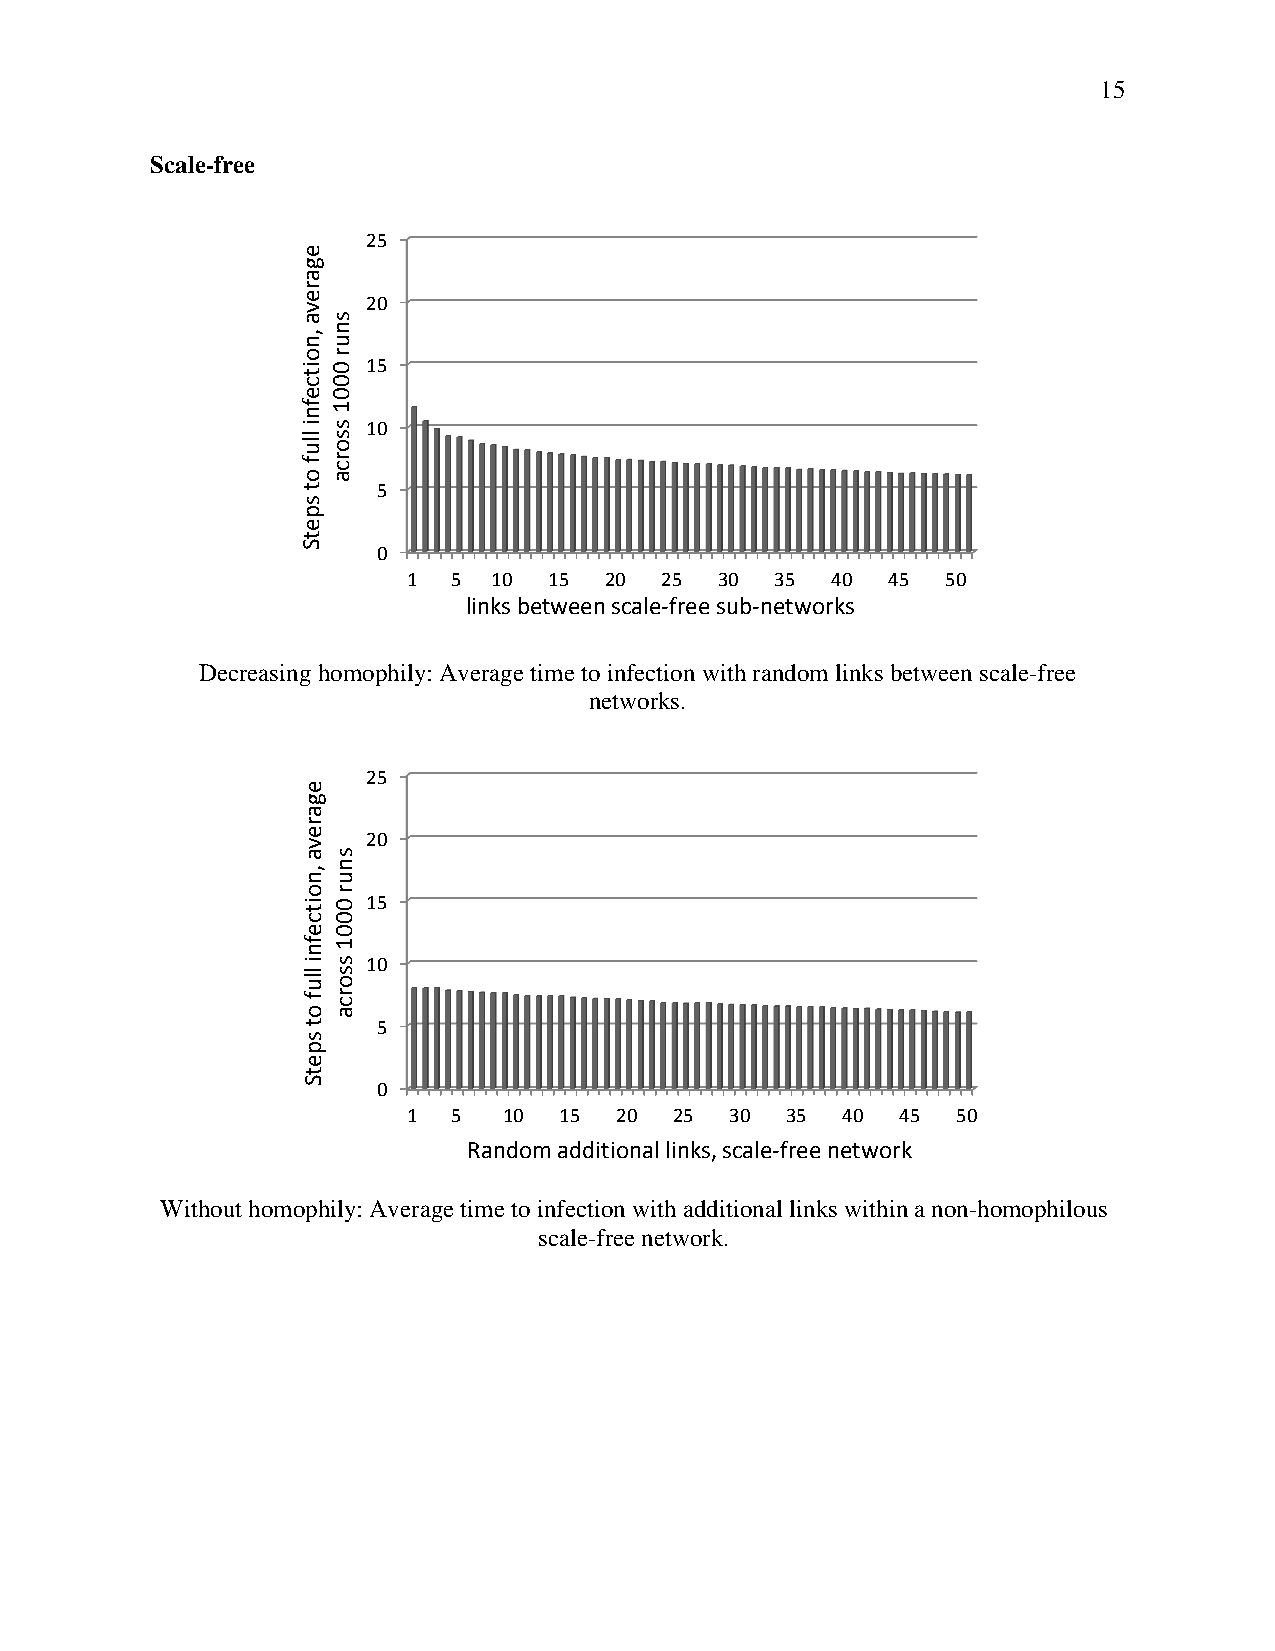
15
 Scale-free
 25
 20
 15
 10
 5
 0
 1  5  10 15  20  25  30 35  40  45  50
 links between scale-free sub-networks
 Decreasing homophily: Average time to infection with random links between scale-free
 networks.
 25
 20
 15
 10
 5
 0
 1  5  10  15  20  25 30  35  40  45 50
 Random additional links, scale-free network
 Without homophily: Average time to infection with additional links within a non-homophilous
 scale-free network.
 egareva
 ,noitcefni
 lluf
 ot
 spetS
 egareva
 ,noitcefni
 lluf
 ot
 spetS
 snur
 0001
 ssorca
 snur
 0001
 ssorca